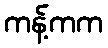
ကန့်ကက